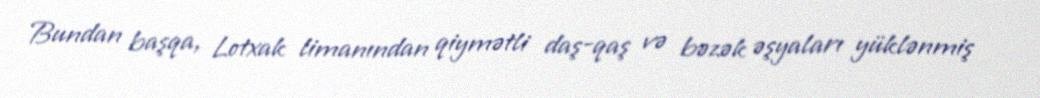
Bundan başqa, Lotxak limanından qiymətli daş-qaş və bəzək əşyaları yüklənmiş